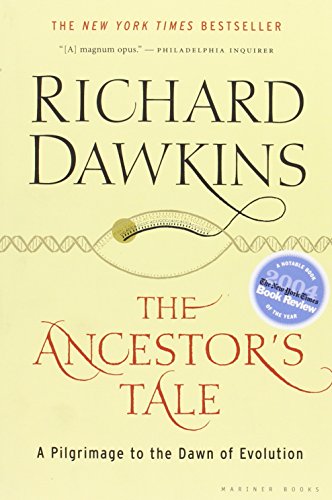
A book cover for The Ancestor's Tale: A Pilgrimage to the Dawn of Evolution; Richard Dawkins; Science & Math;